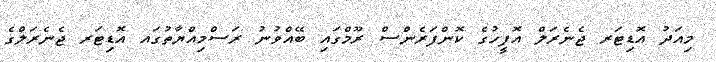
މިއަދު އޮޑިޓަރ ޖެނެރަލް އޮފީހުގެ ކޮންފަރެންސް ރޫމްގައި ބޭއްވުނު ރަސްމިއްޔާތުގައ އޮޑިޓަރ ޖެނެރަލްގެ